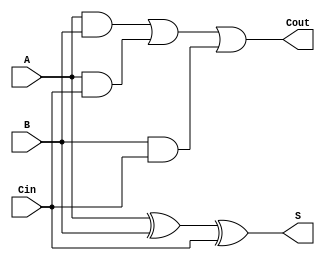
`timescale 1ns / 1ps

module FullAdder(A, B, Cin, S, Cout);

    input A, B, Cin;
    output reg S, Cout;

    always @(A, B, Cin) begin
        S <= A ^ B ^ Cin;
        Cout <= (A & B) | (A & Cin) | (B & Cin);
    end

endmodule